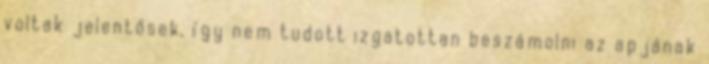
voltak jelentősek, így nem tudott izgatottan beszámolni az apjának